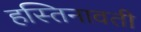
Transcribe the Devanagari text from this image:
हस्तिनावती